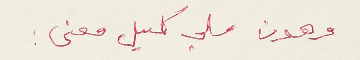
وهون ملي كميل معنى: